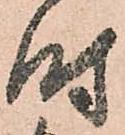
時